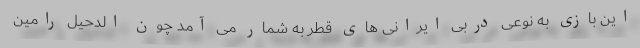
این بازی به نوعی دربی ایرانی های قطر به شمار می آمد چون الدحیل رامین